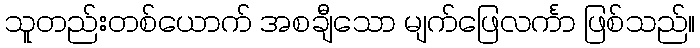
သူတည်းတစ်ယောက် အစချီသော မျက်ဖြေလင်္ကာ ဖြစ်သည်။